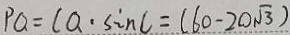
P Q = ( Q \cdot \sin C = ( 6 0 - 2 0 \sqrt { 3 } )